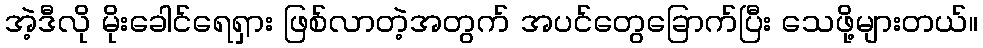
အဲ့ဒီလို မိုးခေါင်ရေရှား ဖြစ်လာတဲ့အတွက် အပင်တွေခြောက်ပြီး သေဖို့များတယ်။